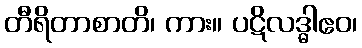
တီရိတာစာတိ၊ ကား။ ပဋိလဒ္ဓါဧဝ၊